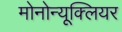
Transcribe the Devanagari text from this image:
मोनोन्यूक्लियर